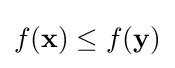
f(\mathbf {x} )\leq f(\mathbf {y} )